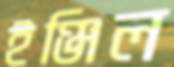
ইঞ্জিল